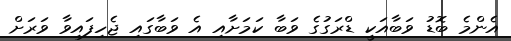
އެންމެ ބޮޑު ވަބާއަކީ ޑްރަގުގެ ވަބާ ކަމަށާއި އެ ވަބާގައި ޖެހިފައިވާ ވަރަށް